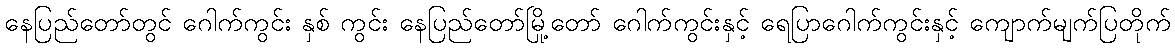
နေပြည်တော်တွင် ဂေါက်ကွင်း နှစ် ကွင်း နေပြည်တော်မြို့တော် ဂေါက်ကွင်းနှင့် ရေပြာဂေါက်ကွင်းနှင့် ကျောက်မျက်ပြတိုက်